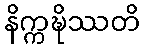
နိက္ကဍ္ဎိဿတိ